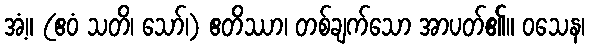
အံ့။ (ဧဝံ သတိ၊ သော်၊) ဧတိဿာ၊ တစ်ချက်သော အာပတ်၏။ ဝသေန၊